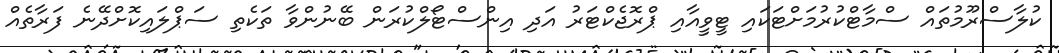
ކުލާސްރޫމުތައް ސްމާޓްކުރުމަށްޓަަކައި ޓީވީއާއި ޕްރޮޖެކްޓަރު އަދި އިންސްޓޯލްކުރަން ބޭނުންވާ ތަކެތި ސަޕްލައިކޮށްދޭނެ ފަރާތެއް